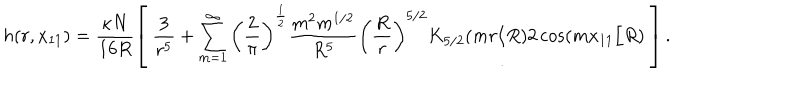
h ( r , x _ { 1 1 } ) = \frac { \kappa N } { 1 6 R } \left[ \; \frac { 3 } { r ^ { 5 } } + \sum _ { m = 1 } ^ { \infty } \left( \frac { 2 } { \pi } \right) ^ { \frac { 1 } { 2 } } \frac { m ^ { 2 } m ^ { 1 / 2 } } { R ^ { 5 } } \left( \frac { R } { r } \right) ^ { 5 / 2 } K _ { 5 / 2 } ( m r / R ) 2 \cos ( m x _ { 1 1 } / R ) \; \right] .